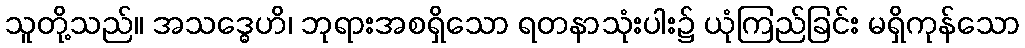
သူတို့သည်။ အသဒ္ဓေဟိ၊ ဘုရားအစရှိသော ရတနာသုံးပါး၌ ယုံကြည်ခြင်း မရှိကုန်သော